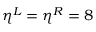
{ \eta } ^ { L } = { \eta } ^ { R } = 8